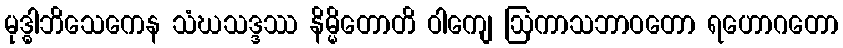
မုဒ္ဓါဘိသေကေန သံဃသဒ္ဒဿ နိမ္မိတောတိ ဝါကျေ ဩကာသဘာဝတော ရဟောဂတော